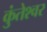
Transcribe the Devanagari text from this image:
कुंतेश्वर